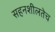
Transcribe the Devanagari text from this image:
सहनशीलतेच